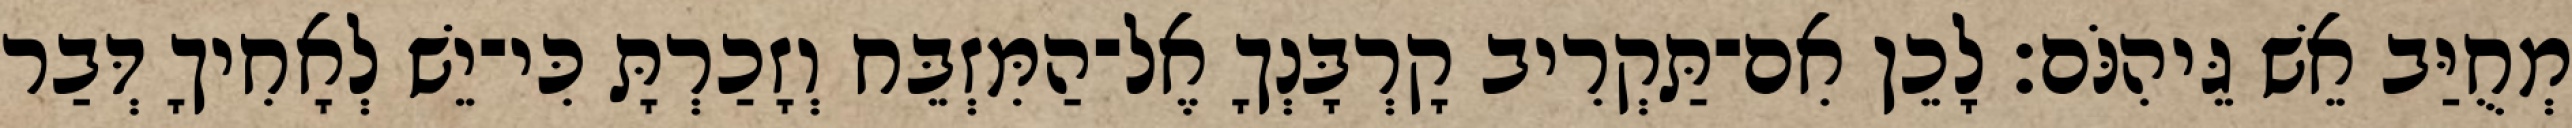
מְחֻיַּב אֵשׁ גֵּיהִנֹּם׃ לָכֵן אִם־תַּקְרִיב קָרְבָּנְךָ אֶל־הַמִּזְבֵּח וְזָכַרְתָּ כִּי־יֵשׁ לְאָחִיךָ דְּבַר